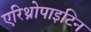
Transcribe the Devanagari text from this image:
एरिथ्रोपाइटिन